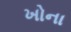
ખોના